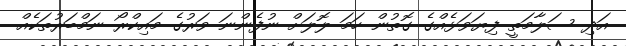
އަދި ސަލާމަތީ ފިޔަވަޅެއްގެ ގޮތުން ހަމަ ލޮލަށް ނުފެންނަ ވަރުގެ މައިކްރޯ ނަމްބަރުތަކެއް